Vaccination in Bombay 1924-1928 - 1924-1928
Year: 1924
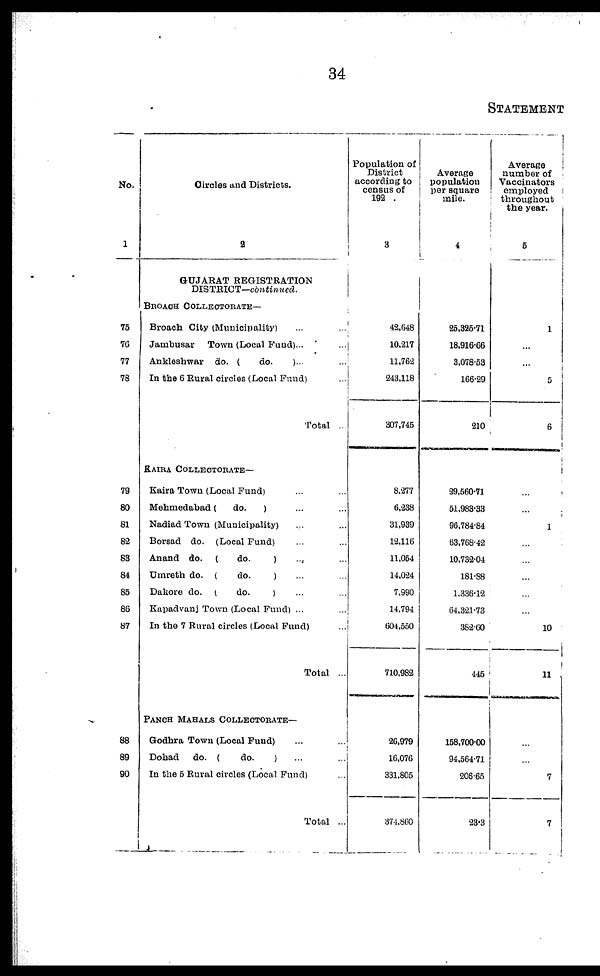
34
STATEMENT
No.
1
75
76
77
78
79
80
81
82
83
84
85
86
87
88
89
90
Circles and Districts.
2
GUJARAT REGISTRATION
DISTRICT—continued.
BROACH COLLECTORATE—
Broach City (Municipality) ...
Jambusar Town (Local Fund)...
Ankleshwar do. (
do. )... ...
In the 6 Rural circles (Local Fund) ...
Total ...
KAIRA COLLECTORATE—
Kaira Town (Local Fund) ... ...
Mehmedabad (
do.
) ... ...
Nadiad Town (Municipality) ... ...
Borsad do. (Local Fund) ... ...
Anand do. (
do.
) ... ...
Umreth do. (
do.
) ... ...
Dakore do. (
do.
) ... ...
Kapadvanj Town (Local Fund) ... ...
In the 7 Rural circles (Local Fund) ...
Total ...
PANCH MAHALS COLLECTORATE—
Godhra Town (Local Fund) ... ...
Dohad
do. (
do.
) ... ...
In the 5 Rural circles (Local Fund) ...
Total ...
Population of
District
according to
census of
192 .
3
42,648
10,217
11,762
243,118
307,745
8,277
6,238
31,939
12,116
11,054
14,024
7,990
14,794
604,550
710,982
26,979
16,076
331,805
374,860
Average
population
per square
mile.
4
25,325.71
18,916.66
3,078.53
166.29
210
29,560.71
51,983.33
96,784.84
63,768.42
10,732.04
181.88
1,336.12
64,321.73
382.60
445
158,700.00
94,564.71
206.65
23.3
Average
number of
Vaccinators
employed
throughout
the year.
5
1
...
...
5
6
...
...
1
...
...
...
...
...
10
11
...
...
7
7